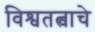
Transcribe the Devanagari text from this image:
विश्वतत्वाचे